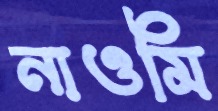
নাওমি